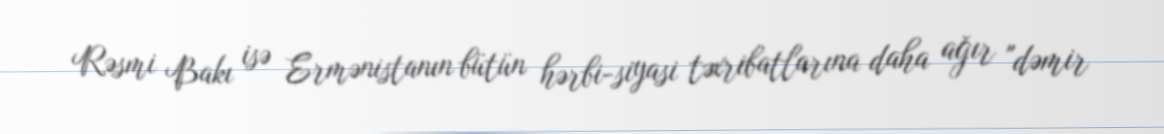
Rəsmi Bakı isə Ermənistanın bütün hərbi-siyasi təxribatlarına daha ağır "dəmir